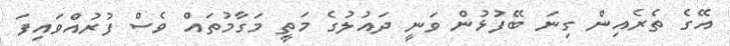
އޭގެ ތެރެއިން ގިނަ ބޭފުޅުން ވަނީ ދައުލުގެ މަތީ މަގާމުތައް ވެސް ފުރުއްވައިފަ